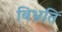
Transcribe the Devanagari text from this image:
बिभ्रति